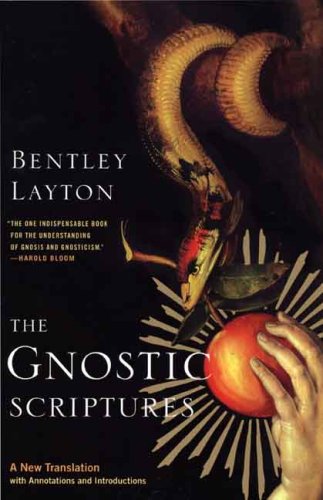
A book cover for The Gnostic Scriptures: A New Translation with Annotations and Introductions (The Anchor Yale Bible Reference Library); Bentley Layton; Christian Books & Bibles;